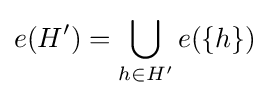
e(H')=\bigcup _{h\in H'}e(\{h\})